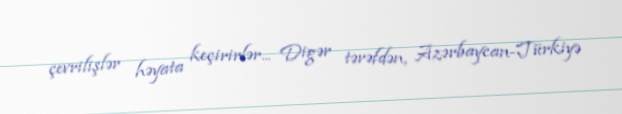
çevrilişlər həyata keçirirlər... Digər tərəfdən, Azərbaycan-Türkiyə